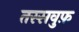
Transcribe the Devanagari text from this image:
तस्सवुफ़